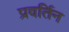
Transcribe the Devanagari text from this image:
प्रवर्तिन